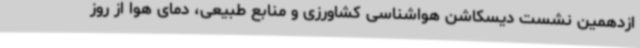
ازدهمین نشست دیسکاشن هواشناسی کشاورزی و منابع طبیعی، دمای هوا از روز